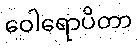
ဝေါရောပိတာ